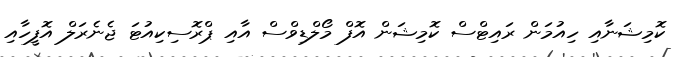
ކޮމިޝަނާއި ހިއުމަން ރައިޓްސް ކޮމިޝަން އޮފް މޯލްޑިވްސް އާއި ޕްރޮސިކިއުޓަ ޖެނެރަލް އޮފީހާއި